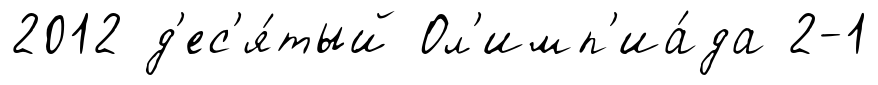
2012 д'ес'я́тый Ол'имп'иа́да 2-1